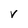
Character: V